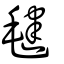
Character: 毽